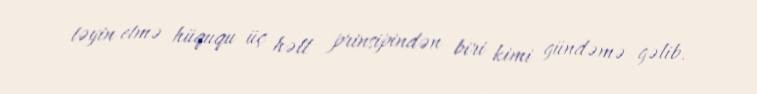
təyin etmə hüququ üç həll prinsipindən biri kimi gündəmə gəlib.